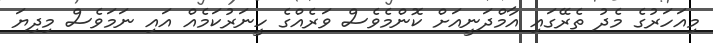
މިއަހަރުގެ މެދު ތެރޭގައި އާމްދަނީއަށް ކޮންމެވެސް ވަރެއްގެ ހީނަރުކަމެއް އައި ނަމަވެސް މިދިޔަ